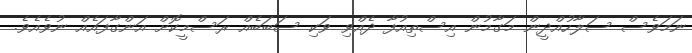
ނަމަވެސް ސަލާހުއްދީން މަގާމުން އިސްތިއުފާ ދެއްވި ވަކި ސަބަބެއް ރަސްމީކޮށް އަންގާފައެއް ނުވެއެވެ.